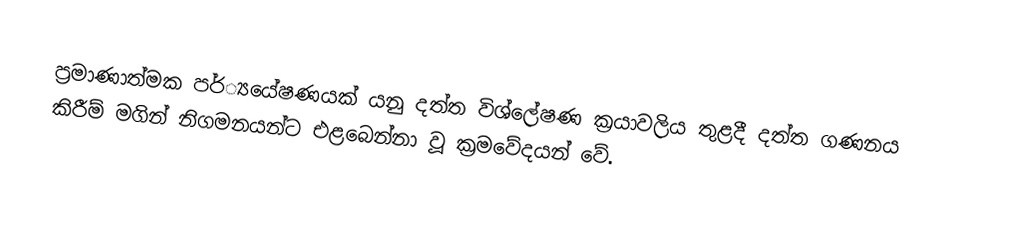
ප්‍රමාණාත්මක පර්්‍යයේෂණයක් යනු දත්ත විශ්ලේෂණ ක්‍රයාවලිය තුළදී දත්ත ගණනය කිරීම් මගින් නිගමනයන්ට එළබෙන්නා වූ ක්‍රමවේදයන් වේ.